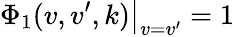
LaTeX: \Phi_{1}(v,v^{\prime},k)\big|_{v=v^{\prime}}=1